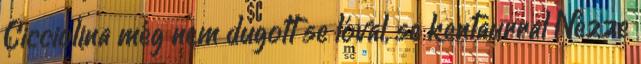
Cicciolina még nem dugott se lóval, se kentaurral Nézze